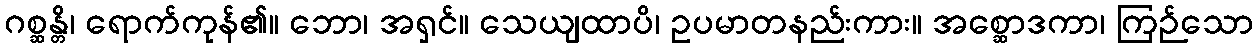
ဂစ္ဆန္တိ၊ ရောက်ကုန်၏။ ဘော၊ အရှင်။ သေယျထာပိ၊ ဥပမာတနည်းကား။ အစ္ဆောဒကာ၊ ကြဉ်သော